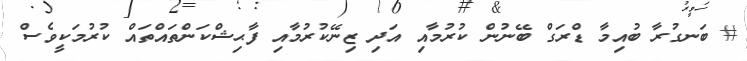
# ބަނގުރާ ބުއިމާ ޑްރަގް ބޭނުން ކުރުމާއި އަދި ޒިނޭކުރުމާއި ފާޙިޝްކަންތައްތައް ކުރުމަކީވެސް